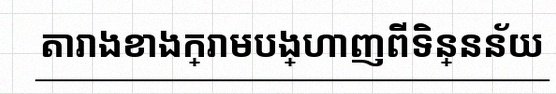
តារាងខាងក្រោមបង្ហាញពីទិន្នន័យ